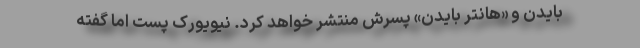
بایدن و «هانتر بایدن»‌ پسرش منتشر خواهد کرد. نیویورک پست اما گفته